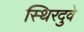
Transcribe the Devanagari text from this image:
स्थिरदुवे